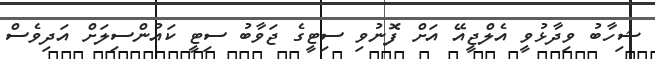
ޝިހާބު ވިދާޅުވީ އެލްޖީއޭ އަށް ފޮނުވި ސިޓީގެ ޖަވާބު ސިޓީ ކައުންސިލަށް އަދިވެސް